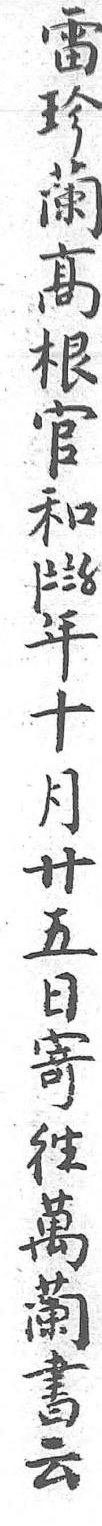
雷珍蘭高根官和〡〧〨〥年十月廿五日寄往萬蘭書云